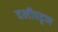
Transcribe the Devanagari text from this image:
वलीपट्टण